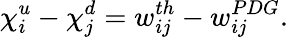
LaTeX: \chi_{i}^{u}-\chi_{j}^{d}=w_{ij}^{th}-w_{ij}^{PDG}.